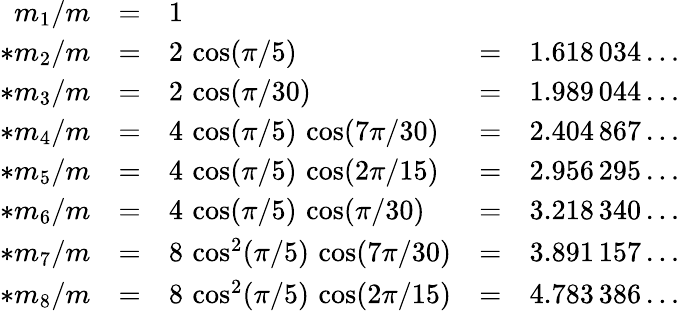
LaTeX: \begin{array}{rclcl}{{m_{1}/m}}&{{=}}&{{1}}&{{}}&{{}}\\ {{*m_{2}/m}}&{{=}}&{{2\, \cos(\pi/5)}}&{{=}}&{{1.618\, 034\ldots}}\\ {{*m_{3}/m}}&{{=}}&{{2\, \cos(\pi/30)}}&{{=}}&{{1.989\, 044\ldots}}\\ {{*m_{4}/m}}&{{=}}&{{4\, \cos(\pi/5)\, \cos(7\pi/30)}}&{{=}}&{{2.404\, 867\ldots}}\\ {{*m_{5}/m}}&{{=}}&{{4\, \cos(\pi/5)\, \cos(2\pi/15)}}&{{=}}&{{2.956\, 295\ldots}}\\ {{*m_{6}/m}}&{{=}}&{{4\, \cos(\pi/5)\, \cos(\pi/30)}}&{{=}}&{{3.218\, 340\ldots}}\\ {{*m_{7}/m}}&{{=}}&{{8\, \cos^{2}(\pi/5)\, \cos(7\pi/30)}}&{{=}}&{{3.891\, 157\ldots}}\\ {{*m_{8}/m}}&{{=}}&{{8\, \cos^{2}(\pi/5)\, \cos(2\pi/15)}}&{{=}}&{{4.783\, 386\ldots}}\end{array}